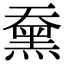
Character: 䵡